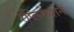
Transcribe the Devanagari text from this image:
रेप्लिकेशन